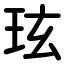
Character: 玹